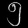
Digit: ၅